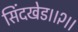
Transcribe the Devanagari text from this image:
सिंदखेड।।२।।